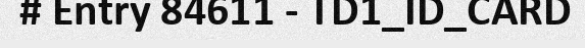
# Entry 84611 - TD1_ID_CARD